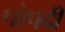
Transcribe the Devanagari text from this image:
पोपदी